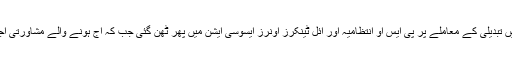
ملک بھرتیل سپلائی کرنیوالے آئل ٹینکرز کے ڈھانچے میں تبدیلی کے معاملے پر پی ایس او انتظامیہ اور آئل ٹینکرز اونرز ایسوسی ایشن میں پھر ٹھن گئی جب کہ آج ہونے والے مشاورتی اجلاس میں سپلائی بند کرنے کا فیصلہ بھی کیا جاسکتا ہے۔